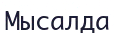
Мысалда